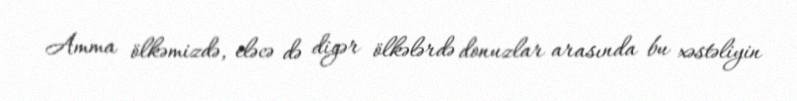
Amma ölkəmizdə, eləcə də digər ölkələrdə donuzlar arasında bu xəstəliyin